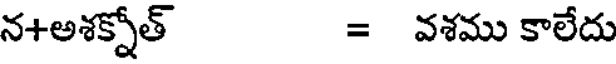
న+అశక్నోత్ = వశము కాలేదు